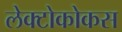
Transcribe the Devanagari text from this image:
लेक्टोकोकस